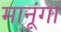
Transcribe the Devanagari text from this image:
मानूंगा